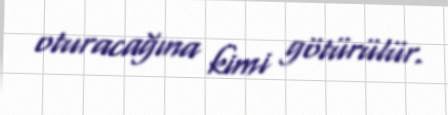
oturacağına kimi götürülür.